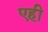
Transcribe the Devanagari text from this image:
एही